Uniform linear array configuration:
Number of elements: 16
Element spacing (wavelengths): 1
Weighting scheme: uniform
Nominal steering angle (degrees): -30
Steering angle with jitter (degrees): -30.312
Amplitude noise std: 0.05
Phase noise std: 0.05

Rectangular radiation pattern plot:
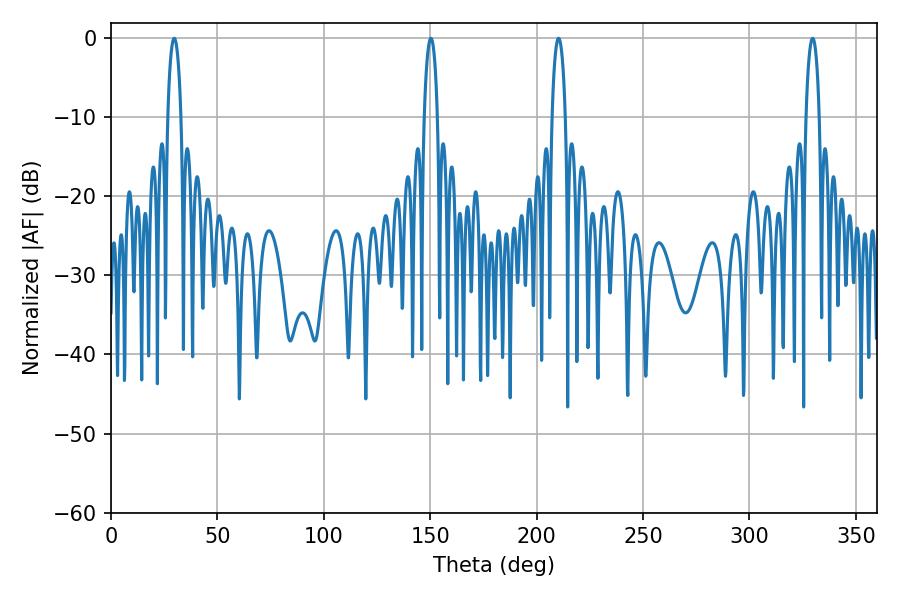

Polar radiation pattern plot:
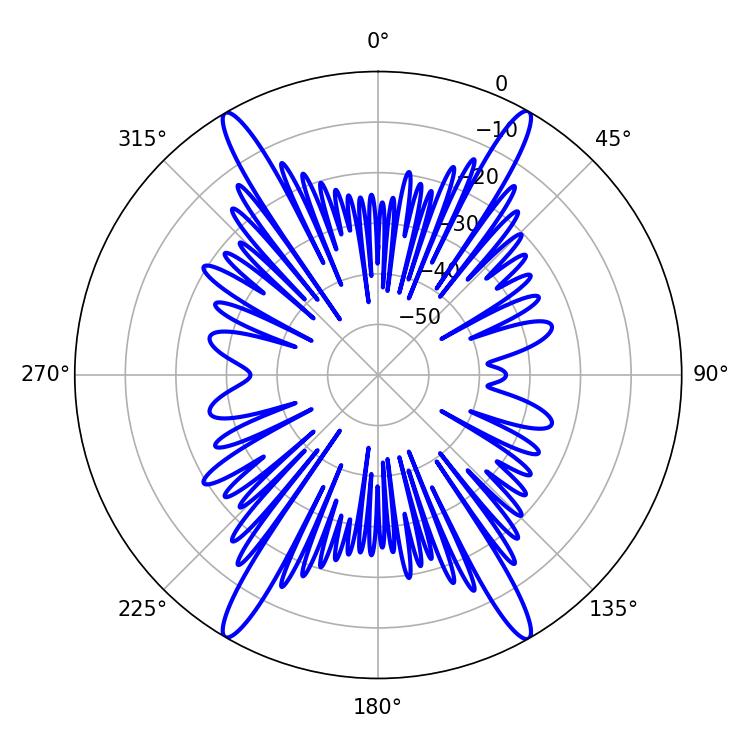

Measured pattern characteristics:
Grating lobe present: TRUE
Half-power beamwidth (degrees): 3.6
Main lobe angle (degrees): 150.3